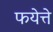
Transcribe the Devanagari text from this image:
फयेत्ते